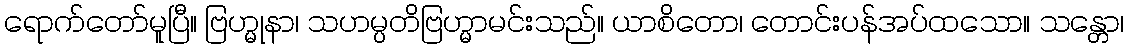
ရောက်တော်မူပြီ။ ဗြဟ္မုနာ၊ သဟမ္ပတိဗြဟ္မာမင်းသည်။ ယာစိတော၊ တောင်းပန်အပ်ထသော။ သန္တော၊